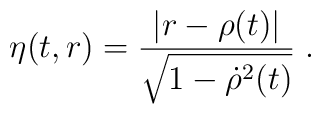
\eta(t,r)=\frac{|r-\rho(t)|}{\sqrt{1-{\dot\rho}^2(t)}}\; .